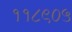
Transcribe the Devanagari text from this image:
११८९०५